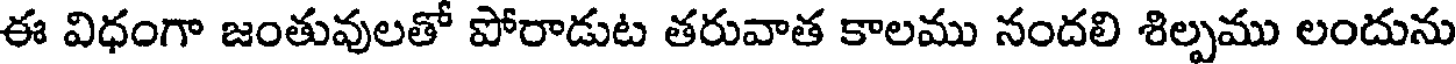
ఈ విధంగా జంతువులతో పోరాడుట తరువాత కాలము నందలి శిల్పము లందును